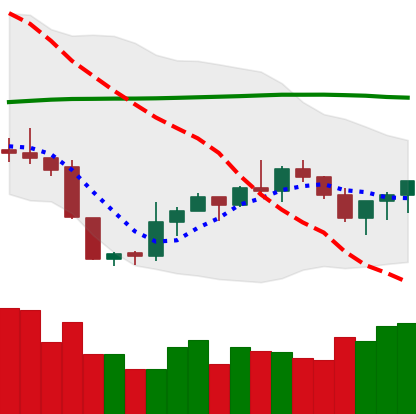
Ticker: XMR-USD
Chart end date: 2019-09-13
Forward return: 6.312%
Label: up_5_7